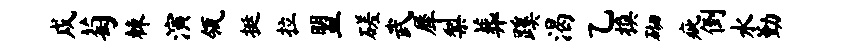
戍萄棘演瓴挺拉盟磋武犀梨葬蹊渴乙换砌疵倒水勤